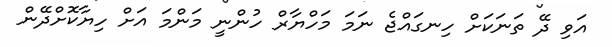
އަވި ދޭ ތަނަކަށް ހިނގައްޖެ ނަމަ މަހްޔާރް ހުންނީ މަންމަ އަށް ހިޔާކޮށްދޭން